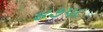
૪૭૫૮